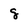
Character: g